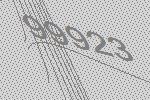
99923